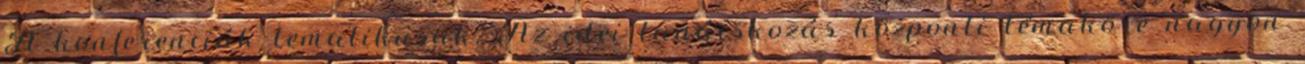
A konferenciák tematikusak. Az idei tanácskozás központi témaköre nagyon